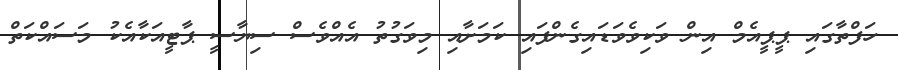
ހަފްތާގައި ޕީޕީއެމް އިން ވަކިވެވަޑައިގެންފައި ކަމަށާއި މިވަގުތު އެއްވެސް ސިޔާސީ ޕާޓީއަކާއެކު މަސައްކަތް